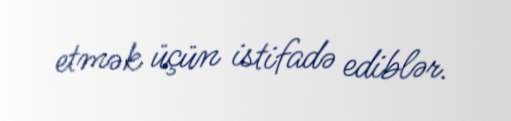
etmək üçün istifadə ediblər.